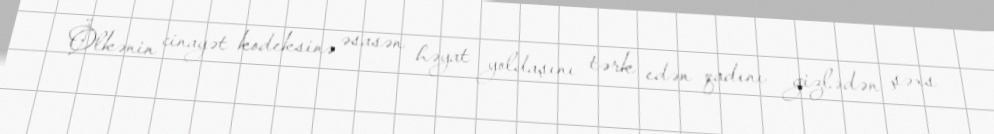
Ölkənin cinayət kodeksinə əsasən həyat yoldaşını tərk edən qadını gizlədən şəxs